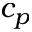
c _ { p }